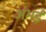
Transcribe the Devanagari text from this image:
अंभई